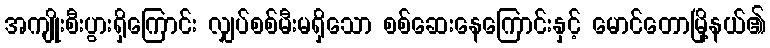
အကျိုးစီးပွားရှိကြောင်း လျှပ်စစ်မီးမရှိသော စစ်ဆေးနေကြောင်းနှင့် မောင်တောမြို့နယ်၏